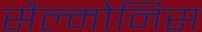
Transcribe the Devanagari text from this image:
सैल्मोनिस